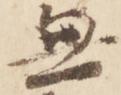
無